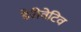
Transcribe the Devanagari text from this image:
डेरीवेटिव